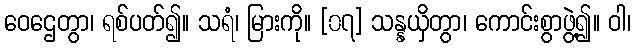
ဝေဌေတွာ၊ ရစ်ပတ်၍။ သရံ၊ မြားကို။ [၀၇] သန္နယှိတွာ၊ ကောင်းစွာဖွဲ့၍။ ဝါ၊